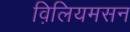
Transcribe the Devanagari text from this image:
व़िलियमसन